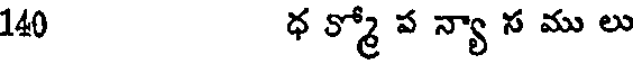
140 ధ క్మో ప న్యా స ము లు